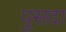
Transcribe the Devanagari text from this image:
पुसदा